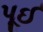
પૂઈ